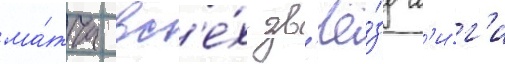
ма́тча вс'е́х зв'ё́зд л'и́г'и